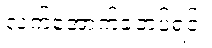
လက်အောက်ခံတပ်ရင်း